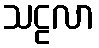
သဠလာ